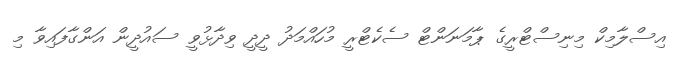
އިސްލާމިކް މިނިސްޓްރީގެ ޕާމަނަންޓް ސެކެޓްރީ މުހައްމަދު ދީދީ ވިދާޅުވީ ސައުދީން އަންގާފައިވާ މި